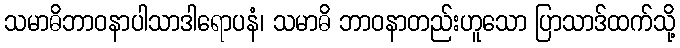
သမာဓိဘာဝနာပါသာဒါရောပနံ၊ သမာဓိ ဘာဝနာတည်းဟူသော ပြာသာဒ်ထက်သို့